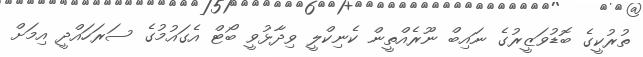
ތުރުކީގެ ބޮޑުވަޒީރުގެ ނައިބް ނޫރެއްތީން ކެނިކްލީ ވިދާޅުވީ ބޯޓް އެގައުމުގެ ސަރަހައްދީ އިމަށް